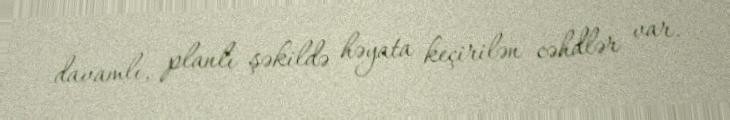
davamlı, planlı şəkildə həyata keçirilən cəhdlər var.